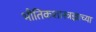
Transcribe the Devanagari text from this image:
भौतिकशास्त्रज्ञाच्या